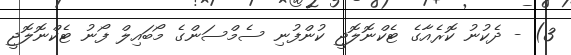
3) - ދެކުނު ކޮރެއާގެ ޓެކްނޮލޮޖީ ކުންފުނި ސެމްސަންގެ މޯބައިލް ފޯނު ޓެކްނޮލޮޖީ